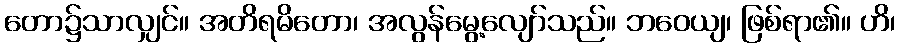
တော၌သာလျှင်။ အတိရမိတော၊ အလွန်မွေ့လျော်သည်။ ဘဝေယျ၊ ဖြစ်ရာ၏။ ဟိ၊